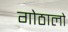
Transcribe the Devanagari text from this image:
गोठालो